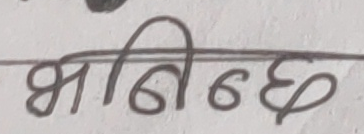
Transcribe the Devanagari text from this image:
भनिन्छ